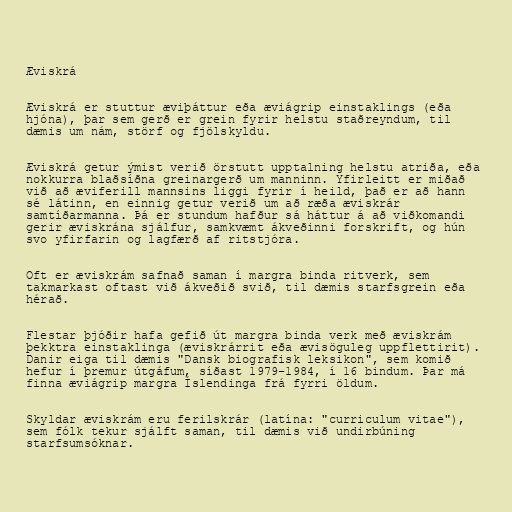
Æviskrá

Æviskrá er stuttur æviþáttur eða æviágrip einstaklings (eða
hjóna), þar sem gerð er grein fyrir helstu staðreyndum, til
dæmis um nám, störf og fjölskyldu.

Æviskrá getur ýmist verið örstutt upptalning helstu atriða, eða
nokkurra blaðsíðna greinargerð um manninn. Yfirleitt er miðað
við að æviferill mannsins liggi fyrir í heild, það er að hann
sé látinn, en einnig getur verið um að ræða æviskrár
samtíðarmanna. Þá er stundum hafður sá háttur á að viðkomandi
gerir æviskrána sjálfur, samkvæmt ákveðinni forskrift, og hún
svo yfirfarin og lagfærð af ritstjóra.

Oft er æviskrám safnað saman í margra binda ritverk, sem
takmarkast oftast við ákveðið svið, til dæmis starfsgrein eða
hérað.

Flestar þjóðir hafa gefið út margra binda verk með æviskrám
þekktra einstaklinga (æviskrárrit eða ævisöguleg uppflettirit).
Danir eiga til dæmis "Dansk biografisk leksikon", sem komið
hefur í þremur útgáfum, síðast 1979–1984, í 16 bindum. Þar má
finna æviágrip margra Íslendinga frá fyrri öldum.

Skyldar æviskrám eru ferilskrár (latína: "curriculum vitae"),
sem fólk tekur sjálft saman, til dæmis við undirbúning
starfsumsóknar.